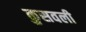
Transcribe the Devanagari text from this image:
कुसवली